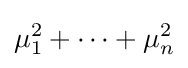
\mu _{1}^{2}+\cdots +\mu _{n}^{2}